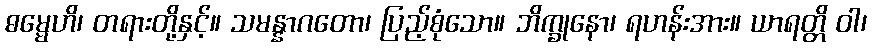
ဓမ္မေဟိ၊ တရားတို့နှင့်။ သမန္နာဂတော၊ ပြည့်စုံသော။ ဘိက္ခုနော၊ ရဟန်းအား။ ယာရတ္တိ ဝါ၊